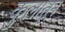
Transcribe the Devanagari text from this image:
कुलातून